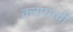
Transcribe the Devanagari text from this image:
करायाची